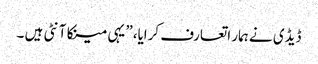
ڈیڈی نے ہمار اتعارف کرایا،” یہی مینکا آنٹی ہیں ۔